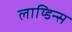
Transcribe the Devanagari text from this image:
लाय्डिन्स